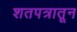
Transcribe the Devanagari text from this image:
शतपत्रातून